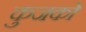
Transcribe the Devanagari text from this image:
कुजको